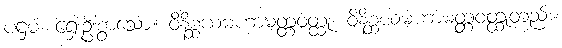
ပဌမံ၊ ရှေးဦးစွာသော။ ဝိနိစ္ဆယမဟာမတ္တဝတ္ထု၊ ဝိနိစ္ဆယမဟာမတ္တဝတ္ထုတည်း။